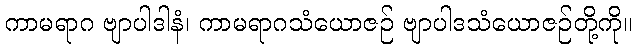
ကာမရာဂ ဗျာပါဒါနံ၊ ကာမရာဂသံယောဇဉ် ဗျာပါဒသံယောဇဉ်တို့ကို။